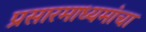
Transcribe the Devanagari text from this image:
प्रसारमाध्यमांचा